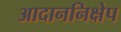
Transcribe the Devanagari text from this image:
आदाननिक्षेप